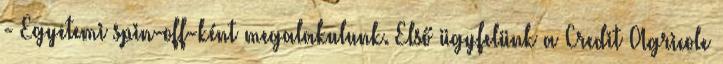
- Egyetemi spin-off-ként megalakulunk. Első ügyfelünk a Credit Agricole